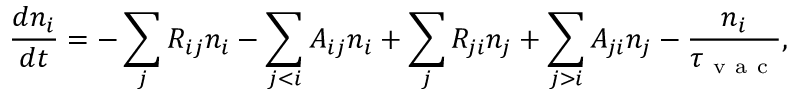
\frac { d n _ { i } } { d t } = - \sum _ { j } R _ { i j } n _ { i } - \sum _ { j < i } A _ { i j } n _ { i } + \sum _ { j } R _ { j i } n _ { j } + \sum _ { j > i } A _ { j i } n _ { j } - \frac { n _ { i } } { \tau _ { \mathrm { ~ v ~ a ~ c ~ } } } ,